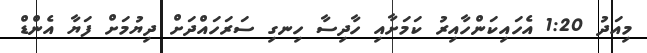
މިއަދު 1:20 އެހައިކަންހާއިރު ކަމަށާއި ހާދިސާ ހިނގި ސަރަހައްދަށް ދިޔުމަށް ފަޔާ އެންޑް